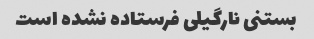
بستنی نارگیلی فرستاده نشده است